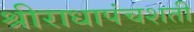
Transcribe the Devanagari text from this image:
श्रीराधापंचशती